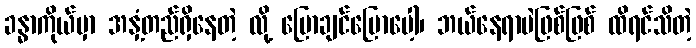
ခန္ဓာကိုယ်မှာ အနှံ့တည်ရှိနေတဲ့ လို့ ပြောချင်ပြောပေါ့၊ ဘယ်နေရာပဲဖြစ်ဖြစ် ထိရင်သိတဲ့